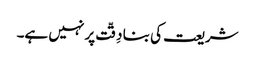
شریعت کی بنا دِقّت پر نہیں ہے۔